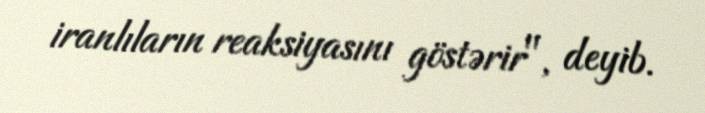
iranlıların reaksiyasını göstərir", deyib.